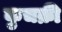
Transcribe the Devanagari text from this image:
कुचक्री